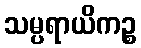
သမ္ပရာယိကဉ္စ